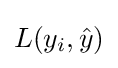
L(y_{i},{\hat {y}})